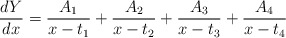
\begin{align*}\frac{dY}{dx}=\frac{A_1}{x-t_1}+\frac{A_2}{x-t_2}+\frac{A_3}{x-t_3}+\frac{A_4}{x-t_4}\end{align*}